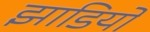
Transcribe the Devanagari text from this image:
झाडियो